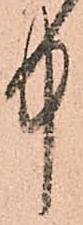
中